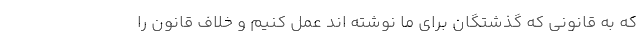
که به قانونی که گذشتگان برای ما نوشته اند عمل کنیم و خلاف قانون را